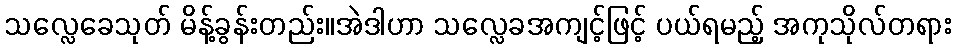
သလ္လေခေသုတ် မိန့်ခွန်းတည်း။အဲဒါဟာ သလ္လေခအကျင့်ဖြင့် ပယ်ရမည့် အကုသိုလ်တရား